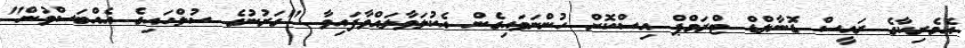
އެމެރިކާގެ ރައީސް ޑޮނާލްޑް ޓްރަމްޕް އިސްކޮށް ހުންނަވައިގެން އެކުލަވާލައްވާފައިވާ "ގަރުނުގެ ސުލްހައިގެ އެއްބަސްވުން"